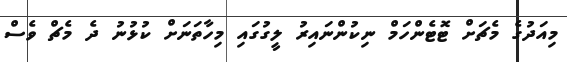
މިއަދުގެ މެޗަށް ޓޮޓެންހަމް ނިކުންނައިރު ލީގުގައި މިހާތަނަށް ކުޅުނު ދެ މެޗް ވެސް